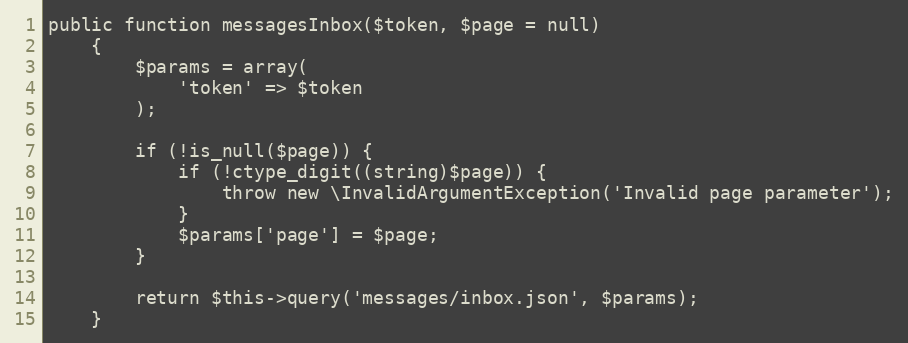
Language: PHP
public function messagesInbox($token, $page = null)
    {
        $params = array(
            'token' => $token
        );

        if (!is_null($page)) {
            if (!ctype_digit((string)$page)) {
                throw new \InvalidArgumentException('Invalid page parameter');
            }
            $params['page'] = $page;
        }

        return $this->query('messages/inbox.json', $params);
    }